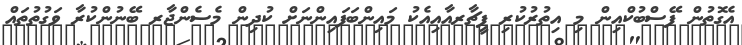
އެގޮތުން ފޭސްބުކްއިން މި އިތުރުކުރި ފީޗާރއާއިއެކު މައިންބަފައިންނަށް ކުދިން މެސެންޖާރ ބޭނުންކުރާ ވަގުތުތައް